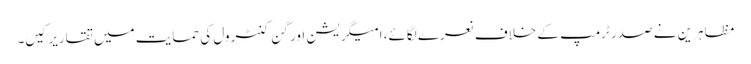
مظاہرین نے صدر ٹرمپ کے خلاف نعرے لگائے، امیگریشن اور گن کنٹرول کی حمایت میں تقاریرکیں۔